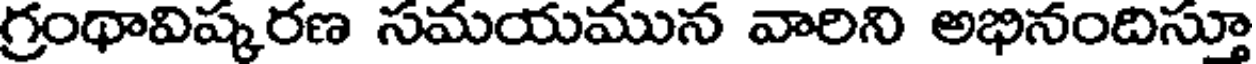
గ్రంథావిష్కరణ సమయమున వారిని అభినందిస్తూ